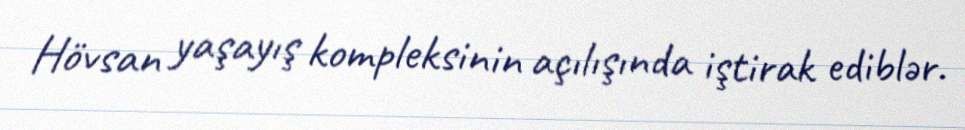
Hövsan yaşayış kompleksinin açılışında iştirak ediblər.